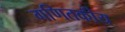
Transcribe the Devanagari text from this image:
गणितकीय